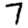
Digit: 7